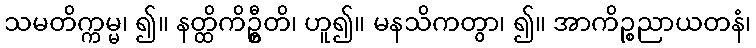
သမတိက္ကမ္မ၊ ၍။ နတ္ထိကိဦ္စတိ၊ ဟူ၍။ မနသိကတွာ၊ ၍။ အာကိဉ္စညာယတနံ၊